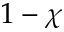
1 - \chi